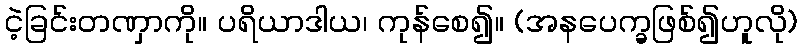
ငဲ့ခြင်းတဏှာကို။ ပရိယာဒါယ၊ ကုန်စေ၍။ (အနပေက္ခဖြစ်၍ဟူလို)